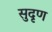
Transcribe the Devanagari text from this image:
सुदृण